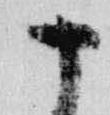
十